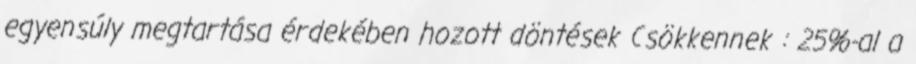
egyensúly megtartása érdekében hozott döntések Csökkennek : 25%-al a